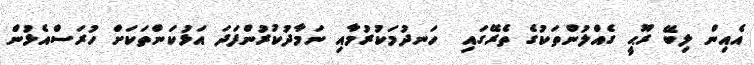
އެއިން ލިބޭ ރޫޙީ ގެއްލުންތަކުގެ ތެރޭގައި  ހަނދުމަކުރުމާއި ނަމާދުކުރުންފަދަ އަޅުކަންތަކަށް ހުރަސްއެޅުން